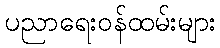
ပညာရေးဝန်ထမ်းများ